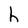
Character: h